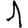
Digit: 1